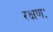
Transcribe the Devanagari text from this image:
रक्षणः